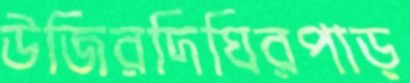
উজিরদিঘিরপাড়